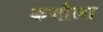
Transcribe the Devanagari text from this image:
कचौला